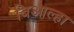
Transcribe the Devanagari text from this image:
बिआल्हा